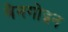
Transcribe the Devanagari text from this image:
बैनगोइन